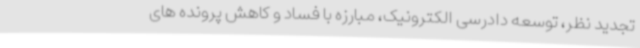
تجدید نظر، توسعه دادرسی الکترونیک، مبارزه با فساد و کاهش پرونده های